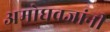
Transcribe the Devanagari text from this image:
अमोघवज्रांनी